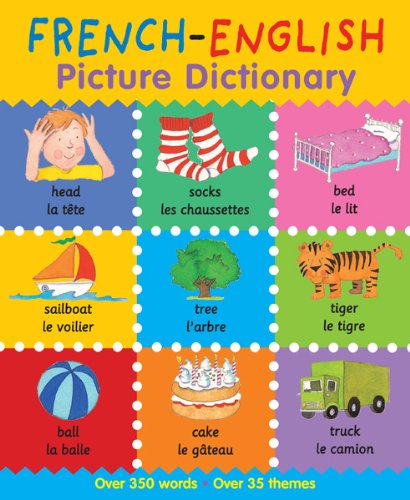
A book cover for French-English Picture Dictionary (First Bilingual Picture Dictionaries); Catherine Bruzzone; Children's Books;